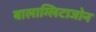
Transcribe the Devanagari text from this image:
बालाग्लिटाजोन